Calcutta medical institutions reports 1879-81 [i.e.91]
Year: 1879
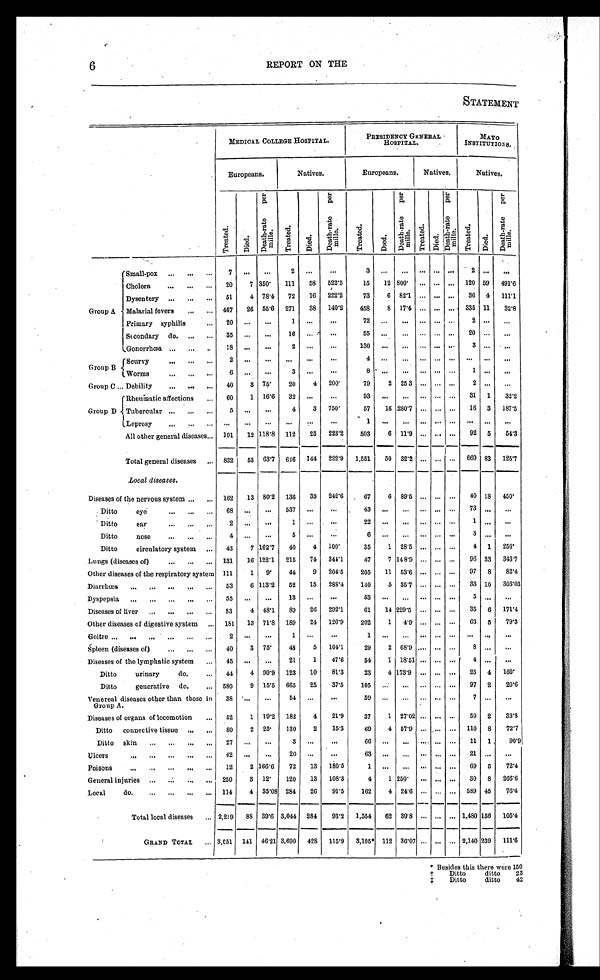
6
REPORT ON THE
STATEMENT
MEDICAL COLLEGE HOSPITAL.
PRESIDENCY GENERAL
HOSPITAL.
MAYO
INSTITUTIONS.
Europeans.
Natives.
Europeans.
Natives.
Natives.
T r e a t e d .
D i e d . D e a t h - r a t e p e r m i l l e .
T r e a t e d .
D i e d .
D e a t h - r a t e p e r m i l e .
T r e a t e d .
D i e d .
D e a t h - r a t e p e r m i l e . Tr eat ed.
Died. De a t h - r a t e p e r mi l e . T r e a t e d .
D i e d .
D e a t h - r a t e p e r m i l e .
Group A
Small-pox . . .
7
. . .
. . .
2
. . . . . .
3
. . .
. . . . . . . . . . . .
2
. . .
. . .
Cholera . . .
20
7 350°111
58
522.5
15
12 800°. . . . . . . . . 120 59 491.6
Dysentery . . .
51
4 78.4 72
16 222.2
73
6 82.1 . . . . . . . . . 36 4 111.1
Malarial fevers . . .
467
26 55.6 271
38 140.2
458
8 17.4 . . . . . . . . . 335 11
32.8
Primary syphilis . . .
20
. . .
. . .
1
. . . . . .
7 2
. . .
. . .
. . . . . . . . .
2
. . .
. . .
Secondary do. . . .
35
. . .
. . .
16
. . .
. . .
5 5
. . .
. . .
. . . . . . . . .
2 0
. . .
. . .
Gonorrhœa . . .
18
. . .
. . .
2
. . .
. . .
1 3 0
. . .
. . .
. . . . . . . . .
3
. . .
. . .
Group B
Scurvy . . .
2
. . . . . .
. . .
. . .
. . .
4
. . .
. . .
. . . . . . . . .
. . .
. . .
. . .
Worms . . .
6
. . .
. . .
3
. . .
. . .
8
. . .
. . . . . . . . . . . .
1
. . .
. . .
Group C . . . Debility . . .
40
3 75°20
4 200°79
2 25.3 . . . . . . . . .
2
. . .
. . .
Group D
Rheumatic affections
60
1 16.6
32
. . .
. . .
93
. . .
. . . . . . . . . . . .
31 1
32.2
Tubercular . . .
5
. . . . . .
4
3 750°57
16 280.7 . . . . . . . . .
16 3 187.5
Leprosy . . .
. . .
. . . . . .
. . .
. . . . . .
1
. . .
. . .
. . . . . . . . .
. . .
. . .
. . .
All other general diseases . . . 101
12 118.8 112
25
223.2
503
6 11.9 . . . . . . . . .
92 5
54.3
Total general diseases . . . 832
53 63.7 646 144 222.9 1,551
50 32.2
. . .
. . . . . . 660 83 125.7
Local diseases.
Diseases of the nervous system . . . 162
13 80.2 136
33 242.6
67
6 89.5 . . . . . . . . .
40 18 450°D
itto eye . . . 68
. . .
. . .
537
. . .
. . .
4 3
. . .
. . .
. . . . . . . . .
7 3
. . .
. . .
Ditto ear . . .
2
. . . . . .
1
. . .
. . .
2 2
. . .
. . .
. . . . . . . . .
1
. . .
. . .
Ditto nose . . .
4
. . .
. . .
5
. . .
. . .
6
. . .
. . .
. . . . . . . . .
3
. . .
. . .
Ditto circulatory system . . . 43
7 162.7
40
4 100°35
1 28.5 . . . . . . . . .
4 1 250°L
ungs (diseases of) . . . 131
16 122.1 215
74 344.1
47
7 148.9 . . . . . . . . .
96 33 343.7
Other diseases of the respiratory system 111
1
9°44
9
204.5
205
11 53.6 . . . . . . . . .
97 8
82.4
Diarrhœa . . . 53
6 113.2
52
15
288.4
140
5 35.7 . . . . . . . . .
33 10
303.03
Dyspepsia . . . 55
. . .
. . .
13
. . .
. . .
5 3
. . .
. . .
. . . . . . . . .
5
. . .
. . .
Diseases of liver . . . 83
4 48.1
89
26 292.1
61
14 229.5 . . . . . . . . .
35 6 171.4
Other diseases of digestive system . . . 181
13 71.8 189
24 126.9
202
1
4.9 . . . . . . . . .
63 5
79.3
Goitre . . .
2
. . .
. . .
1
. . .
. . .
1
. . .
. . .
. . . . . . . . .
. . .
. . .
. . .
Spleen (diseases of) . . .
40
3 75°48
5
104.1
29
2 68.9 . . . . . . . . .
8
. . .
. . .
Diseases of the lymphatic system . . .
45
. . .
. . .
21
1
47.6
54
1 18.51 . . . . . . . . .
4
. . .
. . .
Ditto urinary do. . . . 44
4 90.9 123
10
81.3
23
4 173.9 . . . . . . . . .
25 4 160°D
itto generative do. . . . 580
9 15.5 665
25
37.5
105
. . .
. . . . . . . . . . . .
97 2
20.6
Venereal diseases other than those in
Group A.
38
. . .
. . .
54
. . .
. . .
5 9
. . .
. . . . . . . . . . . .
7
. . .
. . .
Diseases of organs of locomotion . . . 52
1 19.2 182
4
21.9
37
1 27.02 . . . . . . . . .
59 2
33.8
Ditto connective tissue . . . 80
2 25°130
2
15.3
69
4 57.9 . . . . . . . . . 110
8
72.7
Ditto skin . . . 27
. . .
. . .
3
. . .
. . .
66
. . .
. . . . . . . . . . . .
11
1
90.9
Ulcers . . .
42
. . .
. . .
20
. . .
. . .
6 3
. . .
. . . . . . . . . . . .
2 1
. . .
. . .
Poisons . . . 12
2 166.6
72
13 180.5
1
. . .
. . . . . . . . . . . . 69 5
72.4
General injuries . . . 250
3 12°120
13
108.3
4
1 250°. . . . . . . . .
30 8 266.6
Local do. . . . 114
4 35.08 284
26
91.5
162
4 24.6
. . . . . .. . .
589 45
76.4
Total local diseases . . . 2,219
88 39.6 3,044 284
93.2 1,554
62 39.8 . . .
. . .
. . . 1,480 156 105.4
GRAND TOTAL . . . 3,051 141 46.21 3,690 428 115.9 3,105* 112 36.07 . . . . . . . . . 2,140 239
111.6
* Besides this there were 150